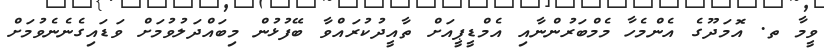
ވީމާ ތ. އޮމަދޫގެ އެންމެހާ މެމްބަރުންނާއި އެމްޑީޕީއަށް ތާއީދުކުރައްވާ ބޭފުޅުން މިބައްދަލުވުމަށް ވަޑައިގެނެނެވުމަށް